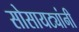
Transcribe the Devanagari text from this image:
सोसायट्यांनी